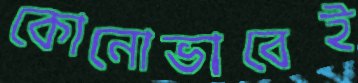
কোনোভাবেই